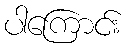
ပါကြောင်း